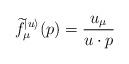
LaTeX: \begin{align*}\widetilde{f}^{|u\rangle}_{\mu}(p) = \frac{u_\mu}{u \cdot p}\end{align*}